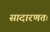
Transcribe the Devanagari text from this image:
सादारणतः